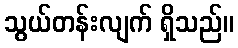
သွယ်တန်းလျက် ရှိသည်။